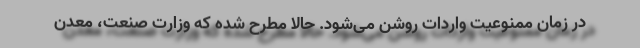
در زمان ممنوعیت واردات روشن می‌شود. حالا مطرح شده که وزارت صنعت، معدن